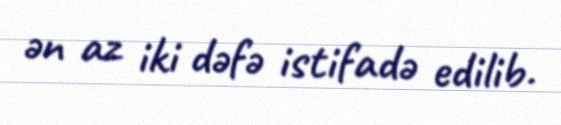
ən az iki dəfə istifadə edilib.